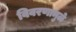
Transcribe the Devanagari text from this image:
विवरणामुळे